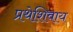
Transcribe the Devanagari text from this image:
प्रथेशिवाय